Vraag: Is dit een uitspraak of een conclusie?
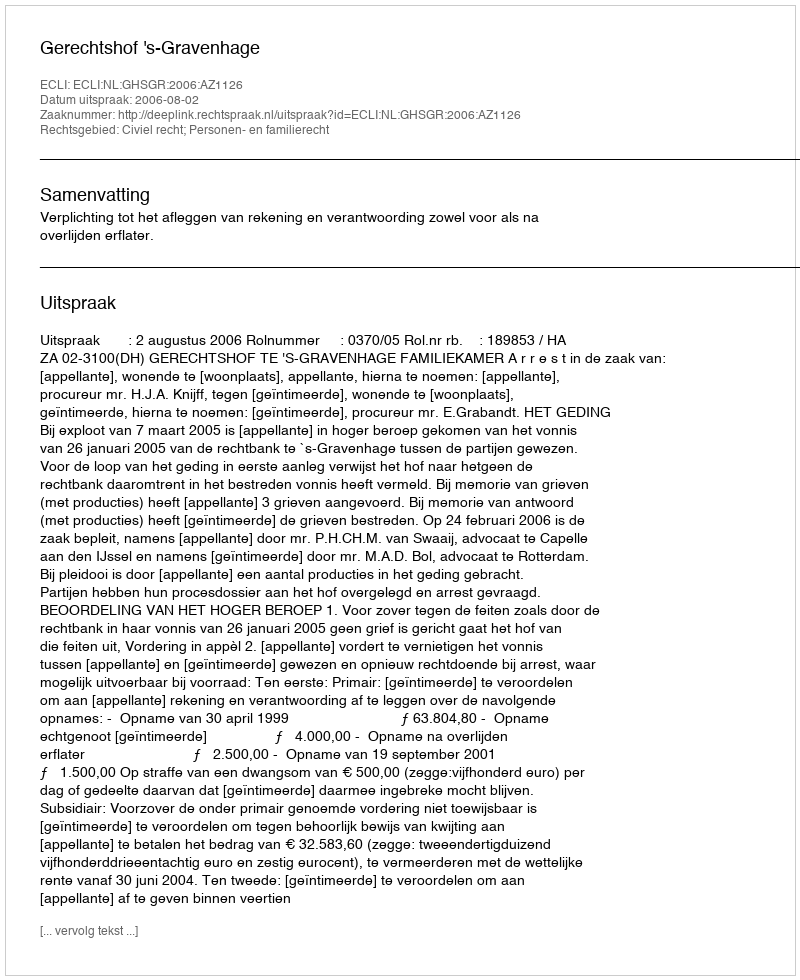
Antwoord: Uitspraak